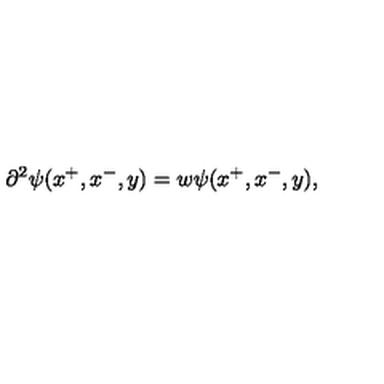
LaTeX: \partial ^ { 2 } \psi ( x ^ { + } , x ^ { - } , y ) = w \psi ( x ^ { + } , x ^ { - } , y ) ,